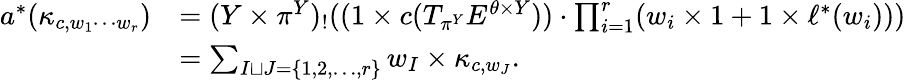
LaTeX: \begin{array}{rl}{a^{*}(\kappa_{c,w_{1}\cdots w_{r}})}&{=(Y\times\pi^{Y})_{!}((1\times c(T_{\pi^{Y}}E^{\theta\times Y}))\cdot\prod_{i=1}^{r}(w_{i}\times 1+1\times\ell^{*}(w_{i})))}\\ &{=\sum_{I\sqcup J=\{ 1,2,\ldots,r\} }w_{I}\times\kappa_{c,w_{J}}.}\end{array}